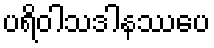
ပရိဝါသဒါနဿပေ